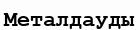
Металдауды